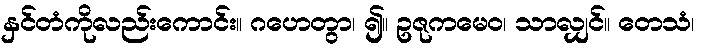
နှင်တံကိုလည်းကောင်း။ ဂဟေတွာ၊ ၍။ ဥဇုကမေဝ၊ သာလျှင်။ တေသံ၊